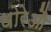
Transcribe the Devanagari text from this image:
थोरेऔ